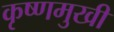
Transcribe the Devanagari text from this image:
कृष्णमुखी